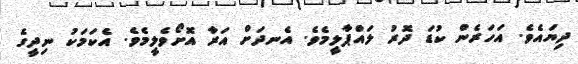
ދިޔައެވެ. އަހަރެން ކުޑަ ދޮރު ލައްޕާލީމެވެ. އެނދަށް އަރާ އޮށޯވެލީމެވެ. އެކަމަކު ނިދީގެ